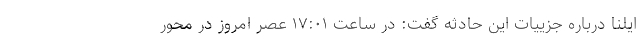
ایلنا درباره جزییات این حادثه گفت: در ساعت ۱۷:۰۱ عصر امروز در محور